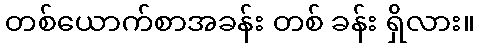
တစ်ယောက်စာအခန်း တစ် ခန်း ရှိလား။